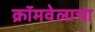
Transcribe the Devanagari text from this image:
क्रॉमवेलाचा